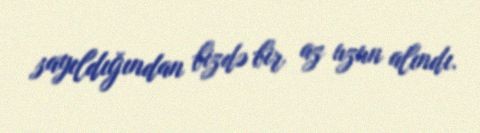
sayıldığından bizdə bir az uzun alındı.